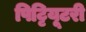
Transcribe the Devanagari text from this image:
पिट्टियूटरी